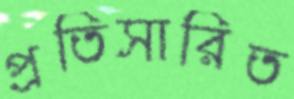
প্রতিসারিত